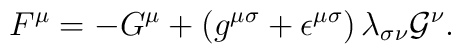
F^{\mu}=-G^{\mu}+\left(g^{{\mu}{\sigma}}+{\epsilon}^{{\mu}{\sigma}}\right){\lambda}_{{\sigma}{\nu}}{\cal G}^{\nu}.